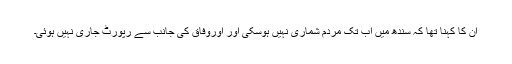
ان کا کہنا تھا کہ سندھ میں اب تک مردم شماری نہیں ہوسکی اور اوروفاق کی جانب سے رپورٹ جاری نہیں ہوئی۔